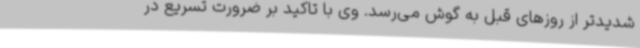
شدیدتر از روزهای قبل به گوش می‌رسد. وی با تاکید بر ضرورت تسریع در